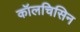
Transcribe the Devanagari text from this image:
कॉलचिसिन